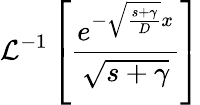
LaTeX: \mathcal{L}^{-1}\left[\frac{e^{-\sqrt{\frac{s+\gamma}{D}}x}}{\sqrt{s+\gamma}}\right]